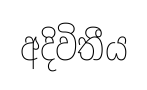
අදිවිතීය